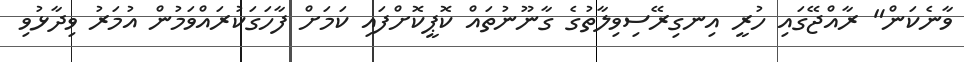
ވާނެކަން" ރާއްޖޭގައި ހުރީ އިނގިރޭސިވިލާތުގެ ގާނޫނުތައް ކޮޕީކޮށްފައި ކަމަށް ފާހަގަކުރައްވަމުން އުމަރު ވިދާޅުވި